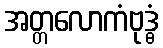
အတ္တလောကံဗုဒ္ဓံ